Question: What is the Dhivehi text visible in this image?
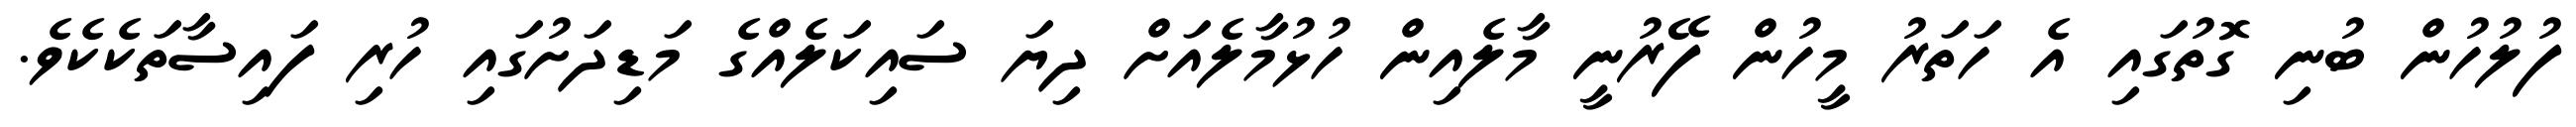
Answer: ފުލުހުން ބުނި ގޮތުގައި އެ ހަތަރު މީހުން ފޭރުނީ މާލެއިން ހުޅުމާލެއަށް ދިޔަ ސައިކަލެއްގެ މަޑިދަށުގައި ހުރި ފައިސާތަކެކެވެ.